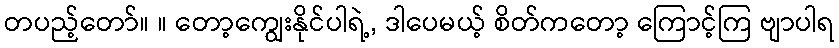
တပည့်တော်။ ။ တော့ကျွေးနိုင်ပါရဲ့, ဒါပေမယ့် စိတ်ကတော့ ကြောင့်ကြ ဗျာပါရ